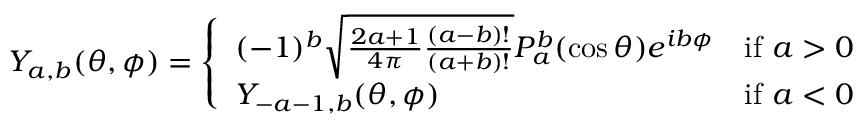
Y _ { a , b } ( \theta , \phi ) = { \left\{ \begin{array} { l l } { ( - 1 ) ^ { b } { \sqrt { { \frac { 2 a + 1 } { 4 \pi } } { \frac { ( a - b ) ! } { ( a + b ) ! } } } } P _ { a } ^ { b } ( \cos \theta ) e ^ { i b \phi } } & { { \mathrm { i f ~ } } a > 0 } \\ { Y _ { - a - 1 , b } ( \theta , \phi ) } & { { \mathrm { i f ~ } } a < 0 } \end{array} \right. }